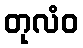
တုလံဝ